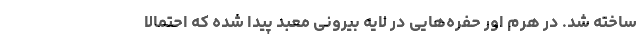
ساخته شد. در هرم اور حفره‌هایی در لایه بیرونی معبد پیدا شده که احتمالا